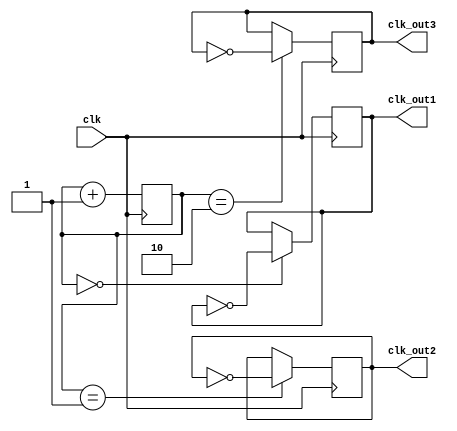
module ripple_counter_clock_divider (
    input wire clk,
    output wire clk_out1,
    output wire clk_out2,
    output wire clk_out3
);

reg [2:0] counter;

always @(posedge clk) begin
    counter <= counter + 1;
    
    // Divide input clock signal into multiple frequencies
    if (counter == 3'd0) begin
        clk_out1 <= ~clk_out1;
    end
    if (counter == 3'd1) begin
        clk_out2 <= ~clk_out2;
    end
    if (counter == 3'd2) begin
        clk_out3 <= ~clk_out3;
    end

end

endmodule